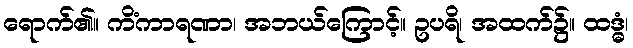
ရောက်၏။ ကိံကာရဏာ၊ အဘယ်ကြောင့်။ ဥပရိ၊ အထက်၌။ ထဒ္ဓံ၊